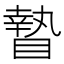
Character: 𥊍